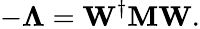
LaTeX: -\mathbf{\Lambda}=\mathbf{W}^{\dagger}\mathbf{M}\mathbf{W}.